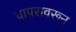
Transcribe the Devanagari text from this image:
वापरावरून